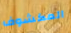
المكشوف